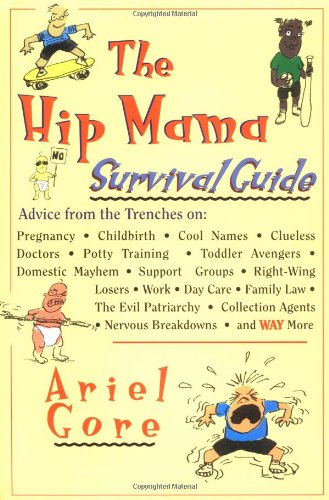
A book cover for The Hip Mama Survival Guide: Advice from the Trenches on Pregnancy, Childbirth, Cool Names, Clueless Doctors, Potty Training, and Toddler Avengers; Ariel Gore; Health, Fitness & Dieting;